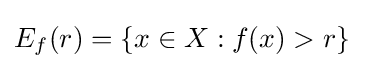
E_{f}(r)=\left\{x\in X:f(x)>r\right\}\quad